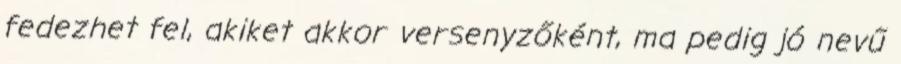
fedezhet fel, akiket akkor versenyzőként, ma pedig jó nevű